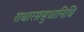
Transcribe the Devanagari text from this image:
राधारससुधानिधि